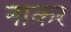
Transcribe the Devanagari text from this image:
नाकर